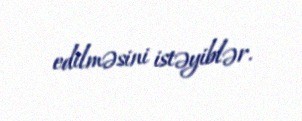
edilməsini istəyiblər.